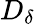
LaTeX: D_{\delta}